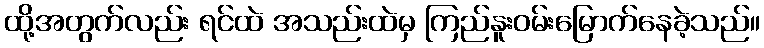
ထို့အတွက်လည်း ရင်ထဲ အသည်းထဲမှ ကြည်နူးဝမ်းမြောက်နေခဲ့သည်။